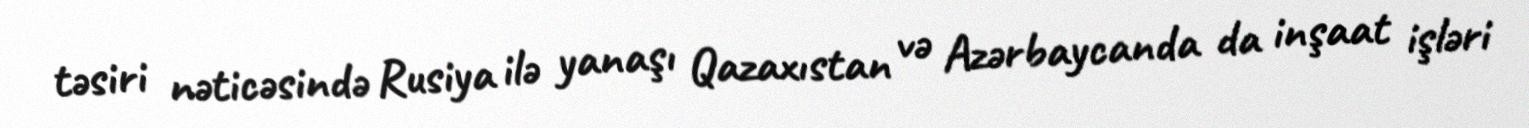
təsiri nəticəsində Rusiya ilə yanaşı Qazaxıstan və Azərbaycanda da inşaat işləri